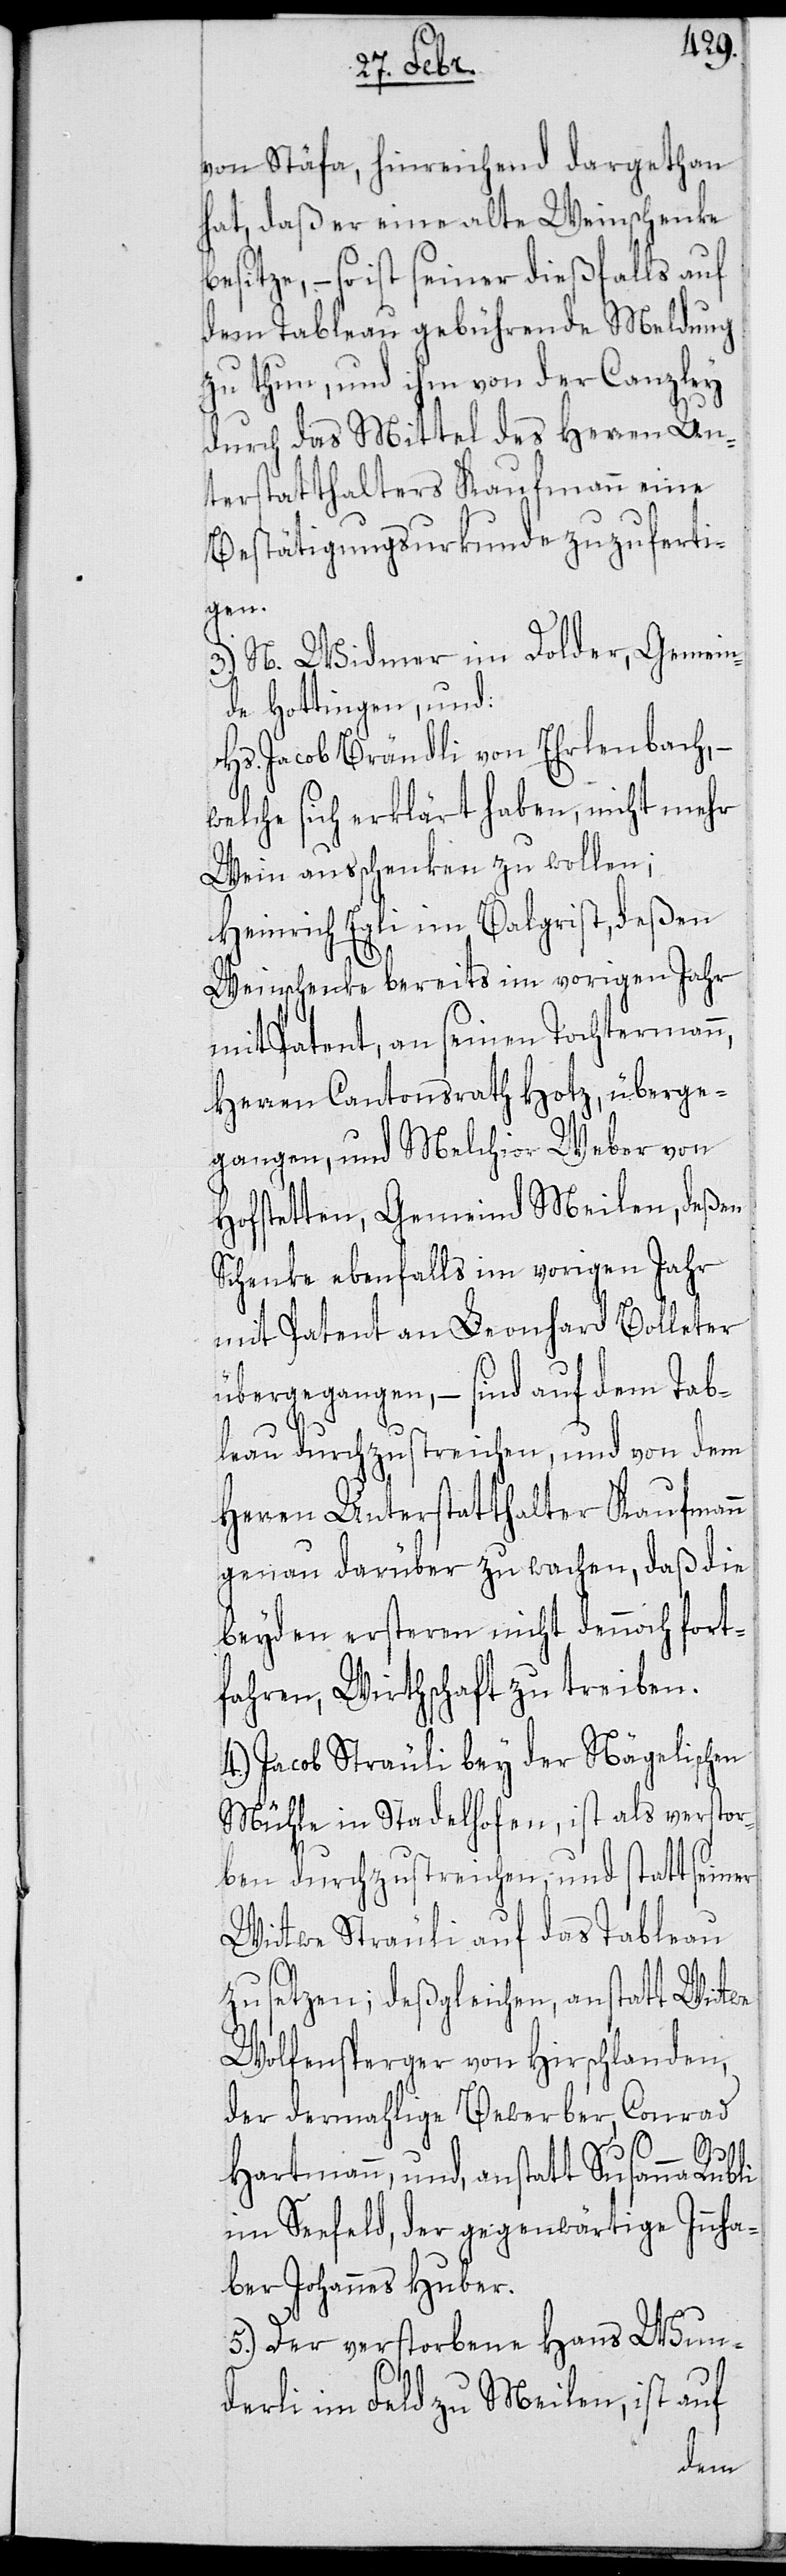
von Stäfa, hinreichend dargethan
hat, daß er eine alte Weinschenke
besitze, – so ist seiner dießfalls auf
dem Tableau gebührende Meldung
zu thun, und ihm von der Canzley
durch das Mittel des Herren Un¬
terstatthalters Kaufmann eine
Bestätigungsurkunde zuzuferti¬
gen.
3.) N. Widmer im Dolder, Gemein¬
de Hottingen, und:
Hs. Jacob Brändli von Erlenbach, –
welche sich erklärt haben, nicht mehr
Wein ausschenken zu wollen;
Heinrich Egli im Balgrist, deßen
Weinschenke bereits im vorigen Jahr
mit Patent, an seinen Tochtermann,
Herren Cantonsrath Hotz, überge¬
gangen, und Melchior Weber von
Hofstetten, Gemeind Meilen, deßen
Schenke ebenfalls im vorigen Jahr
mit Patent an Leonhard Bolleter
übergegangen, – sind auf dem Tab¬
leau durchzustreichen, und von dem
Herren Unterstatthalter Kaufmann
genau darüber zu wachen, daß die
beyden ersteren nicht dennoch fort¬
fahren, Wirthschaft zu treiben.
4.) Jacob Sträuli bey der Nägelischen
Mühle in Stadelhofen, ist als verstor¬
ben durchzustreichen, und statt seiner
Wittwe Sträuli auf das Tableau
zu setzen; deßgleichen anstatt Wittwe
Wolfensperger von Hirschlanden,
der dermahlige Bewerber, Conrad
Hartmann, und, anstatt Susanna Rubli
im Seefeld, der gegenwärtige Innha¬
ber Johannes Huber.
5.) Der verstorbene Hans Wun¬
derli im Feld zu Meilen, ist auf